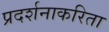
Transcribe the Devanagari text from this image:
प्रदर्शनाकरिता